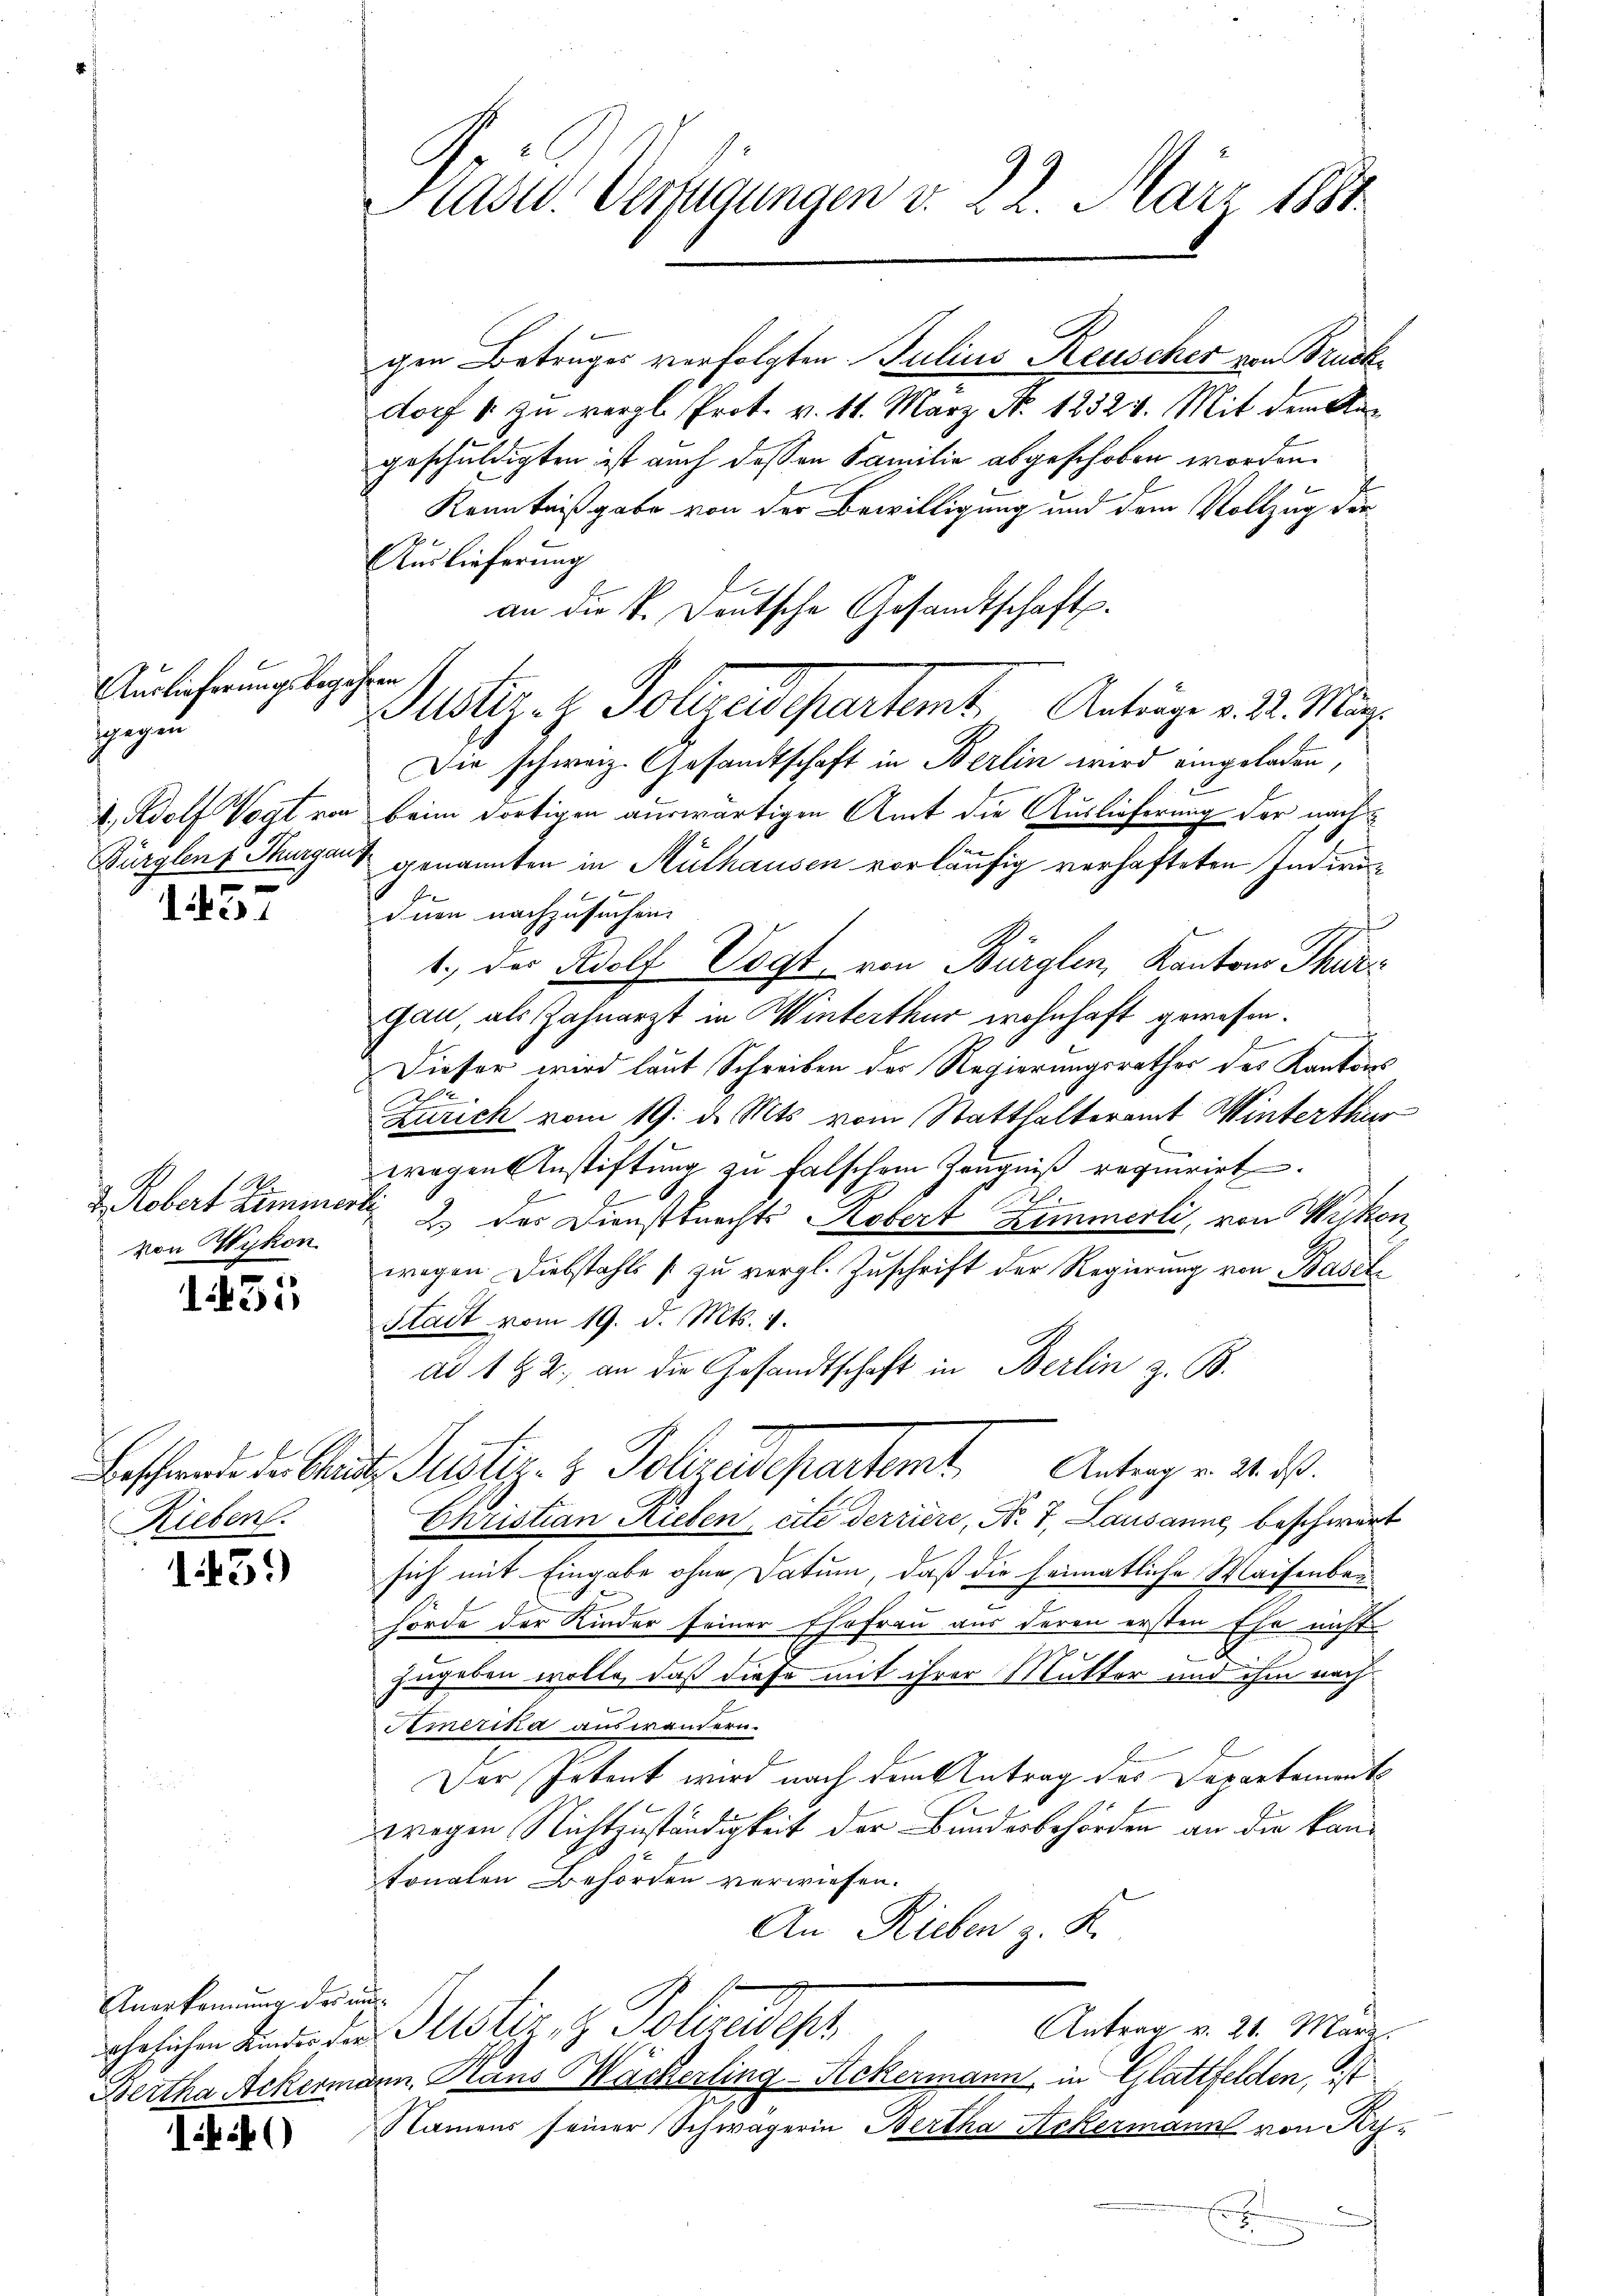
Auslieferungsbegehren
gegen
e

157

von Wykon

1451

Rieben.

1459

Anerkennung des un¬

14)

Hasel. Verfügungen v. 22. März 1881

gen Betruges verfolgten Julius Keuscher von Druckdorf 1 zu vergl. Prot. v. 11. März No. 12524. Mit dem Angeschuldigten ist auch dessen Familie abgeschoben worden.
Kenntnißgabe von der Bewilligung und dem Vollzug der
Auslieferung
an die k. Deutsche Gesandtschafts¬
Die schweiz. Gesandtschaft in Berlin wird eingeladen,
V. Adolf Vogt von beim dortigen auswärtigen Amt die Auslieferung der nach¬
Bürglen, Thurgau genannten in Mülhausen vorläufig verhafteten Indivi
f
inen nachzusuchen.
1., der Rolf Vogt von Bürglen, Kantons Thie
gau, als Zahnarzt in Winterthur wohnhaft gewesen.
Dieser wird laut Schreiben der Regierungsrathes des Kantons
2
Zürich vom 19. d. Mts. vom Statthalteramt Winterthur
wegen Anstiftung zu falschem Zeugniß requirirt.
h
d. Robert Zimmerli 2 des Dienstknechts - Robert Zimmerli, von Wikon
wegen Diebstahls zu vergl. Zuschrift der Regierung von Basel
Stadt vom 19. d. Mts. 1.
ad 1 § 2, an die Gesandtschaft in Berlin z. B.
Beschende der Stande Justiz- & Polizeidepartemt. Antrag v. 2. d.
Christian Rieben, cite derriere, Nr. 7, Lausanne, beschwert
sich mit Eingabe ohne Datum, daß die heimatliche Waisenberhörde der Kinder seiner Ehefrau aus deren ersten Ehe nicht
zugeben wolle, daß diese mit ihrer Mutter und ihm nach¬
Amerika auswandern.
Der Petent wird nach dem Antrag des Departement
wegen Nichtzuständigkeit der Bundesbehörden an die kantonalen Behörden verwiesen.
An Rieben z. K.
Antrag v. 21. März.
ehelichen Kinder die Mitstiz & Polizeidesh
Bertha Ackermann, Haus Bäckerling-Ackermann, in Glattfelden, ist
Namens seiner Schwägerin Bertha Ackermann von Ky¬

Ustiz- & Polizeidepartemt. Anträge v. 2. Mär